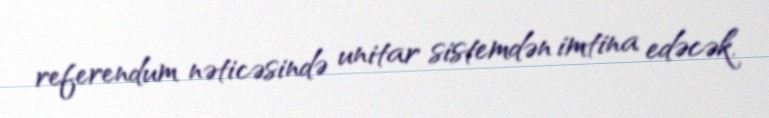
referendum nəticəsində unitar sistemdən imtina edəcək.